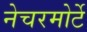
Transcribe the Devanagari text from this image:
नेचरमोर्टे